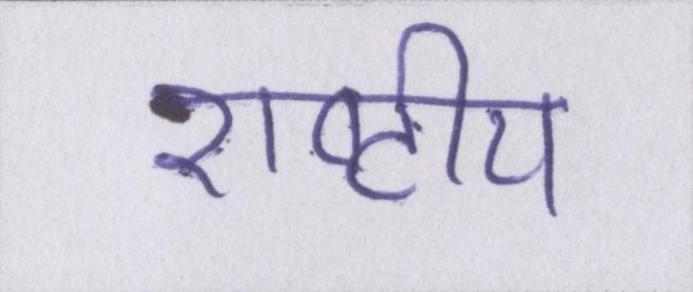
राष्ट्रीय